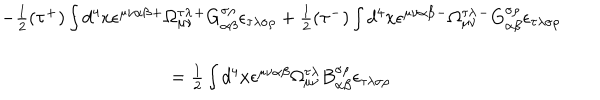
\begin{array} { c } { { - \frac 1 2 ( \tau ^ { + } ) \int d ^ { 4 } x \epsilon ^ { \mu \nu \alpha \beta } { } ^ { + } \Omega _ { \mu \nu } ^ { \tau \lambda } { } ^ { + } G _ { \alpha \beta } ^ { \sigma \rho } { } \epsilon _ { \tau \lambda \sigma \rho } + \frac 1 2 ( \tau ^ { - } ) \int d ^ { 4 } x \epsilon ^ { \mu \nu \alpha \beta } { } ^ { - } \Omega _ { \mu \nu } ^ { \tau \lambda } { } ^ { - } G _ { \alpha \beta } ^ { \sigma \rho } { } \epsilon _ { \tau \lambda \sigma \rho } } } \\ { { = \frac 1 2 \int d ^ { 4 } x \epsilon ^ { \mu \nu \alpha \beta } { } \Omega _ { \mu \nu } ^ { \tau \lambda } { } B _ { \alpha \beta } ^ { \sigma \rho } { } \epsilon _ { \tau \lambda \sigma \rho } } } \\ \end{array}